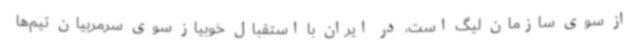
از سوی سازمان لیگ است، در ایران با استقبال خوبیاز سوی سرمربیان تیم‌ها